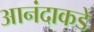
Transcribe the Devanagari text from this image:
आनंदाकडे